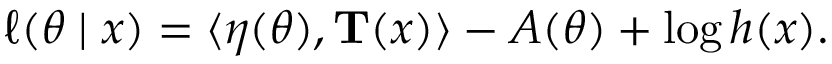
\ell ( { \boldsymbol { \theta } } \mid x ) = \langle { \boldsymbol { \eta } } ( { \boldsymbol { \theta } } ) , \mathbf { T } ( x ) \rangle - A ( { \boldsymbol { \theta } } ) + \log h ( x ) .